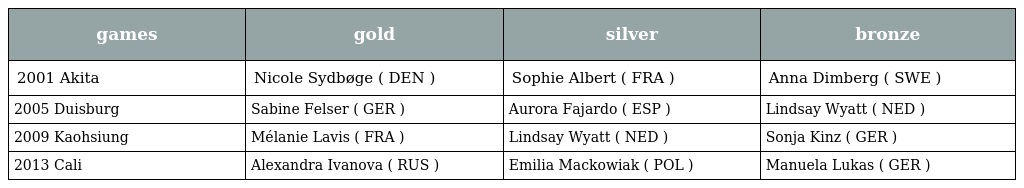
| games | gold | silver | bronze |
 | --- | --- | --- | --- |
 | 2001 Akita | Nicole Sydbøge ( DEN ) | Sophie Albert ( FRA ) | Anna Dimberg ( SWE ) |
 | 2005 Duisburg | Sabine Felser ( GER ) | Aurora Fajardo ( ESP ) | Lindsay Wyatt ( NED ) |
 | 2009 Kaohsiung | Mélanie Lavis ( FRA ) | Lindsay Wyatt ( NED ) | Sonja Kinz ( GER ) |
 | 2013 Cali | Alexandra Ivanova ( RUS ) | Emilia Mackowiak ( POL ) | Manuela Lukas ( GER ) |